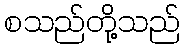
စသည်တို့သည်